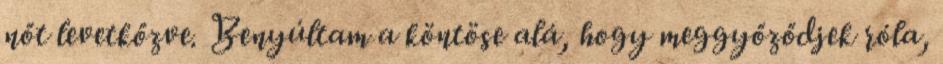
nőt levetkőzve. Benyúltam a köntöse alá, hogy meggyőződjek róla,